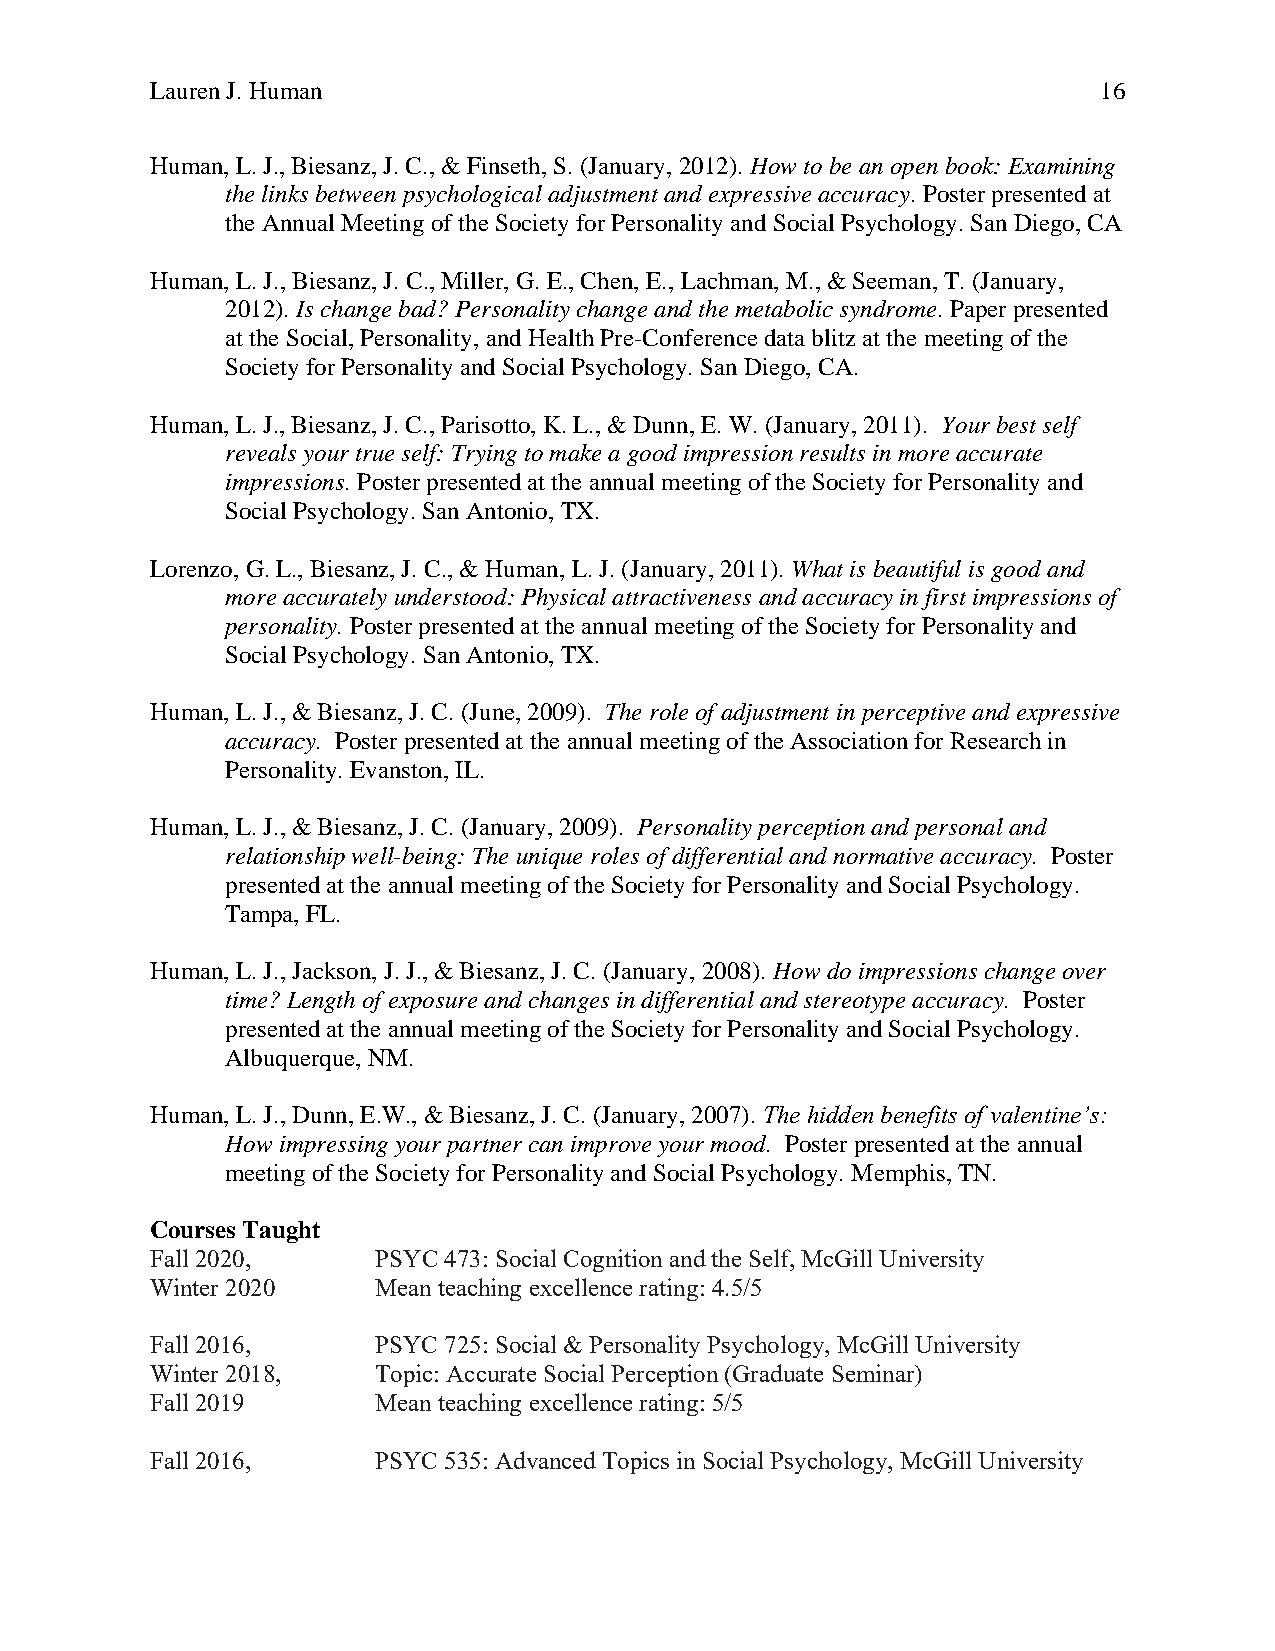
Lauren J. Human                                                16
 Human, L. J., Biesanz, J. C., & Finseth, S. (January, 2012). How to be an open book: Examining
 the links between psychological adjustment and expressive accuracy. Poster presented at
 the Annual Meeting of the Society for Personality and Social Psychology. San Diego, CA
 Human, L. J., Biesanz, J. C., Miller, G. E., Chen, E., Lachman, M., & Seeman, T. (January,
 2012). Is change bad? Personality change and the metabolic syndrome. Paper presented
 at the Social, Personality, and Health Pre-Conference data blitz at the meeting of the
 Society for Personality and Social Psychology. San Diego, CA.
 Human, L. J., Biesanz, J. C., Parisotto, K. L., & Dunn, E. W. (January, 2011). Your best self
 reveals your true self: Trying to make a good impression results in more accurate
 impressions. Poster presented at the annual meeting of the Society for Personality and
 Social Psychology. San Antonio, TX.
 Lorenzo, G. L., Biesanz, J. C., & Human, L. J. (January, 2011). What is beautiful is good and
 more accurately understood: Physical attractiveness and accuracy in first impressions of
 personality. Poster presented at the annual meeting of the Society for Personality and
 Social Psychology. San Antonio, TX.
 Human, L. J., & Biesanz, J. C. (June, 2009). The role of adjustment in perceptive and expressive
 accuracy. Poster presented at the annual meeting of the Association for Research in
 Personality. Evanston, IL.
 Human, L. J., & Biesanz, J. C. (January, 2009). Personality perception and personal and
 relationship well-being: The unique roles of differential and normative accuracy. Poster
 presented at the annual meeting of the Society for Personality and Social Psychology.
 Tampa, FL.
 Human, L. J., Jackson, J. J., & Biesanz, J. C. (January, 2008). How do impressions change over
 time? Length of exposure and changes in differential and stereotype accuracy. Poster
 presented at the annual meeting of the Society for Personality and Social Psychology.
 Albuquerque, NM.
 Human, L. J., Dunn, E.W., & Biesanz, J. C. (January, 2007). The hidden benefits of valentine’s:
 How impressing your partner can improve your mood. Poster presented at the annual
 meeting of the Society for Personality and Social Psychology. Memphis, TN.
 Courses Taught
 Fall 2020,     PSYC 473: Social Cognition and the Self, McGill University
 Winter 2020    Mean teaching excellence rating: 4.5/5
 Fall 2016,     PSYC 725: Social & Personality Psychology, McGill University
 Winter 2018,   Topic: Accurate Social Perception (Graduate Seminar)
 Fall 2019      Mean teaching excellence rating: 5/5
 Fall 2016,     PSYC 535: Advanced Topics in Social Psychology, McGill University